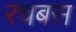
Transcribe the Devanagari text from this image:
रचबस